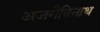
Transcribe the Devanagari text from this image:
अजगैबिनाथ